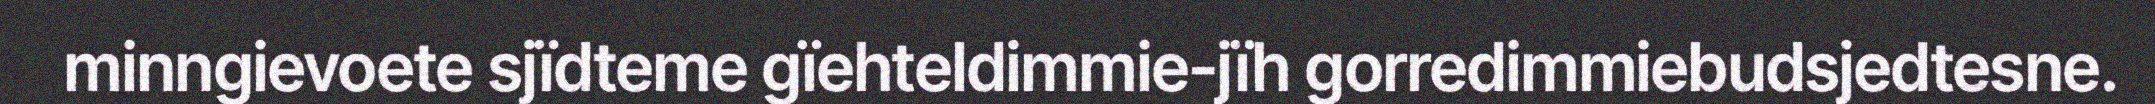
minngievoete sjïdteme gïehteldimmie-jïh gorredimmiebudsjedtesne.